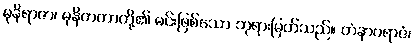
မုနိရာဇာ၊ မုနိတကာတို့၏ မင်းဖြစ်သော ဘုရားမြတ်သည်။ တံနာဂရာဇံ၊